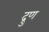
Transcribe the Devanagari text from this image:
द्रुण